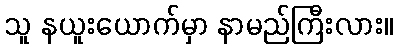
သူ နယူးယောက်မှာ နာမည်ကြီးလား။